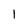
Character: l